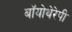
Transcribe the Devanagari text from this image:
बॉयोथेरेपी